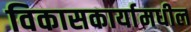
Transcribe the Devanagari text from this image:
विकासकार्यामधील